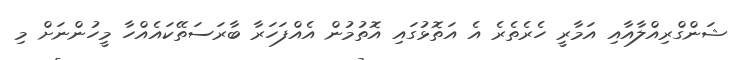
ޝަންގްރިއްލާއާއި އަމާރީ ހެރެތެރެ އެ އަތޮޅުގައި އޮތުމުން އެއްފަހަރާ ބާރަސަތޭކައެއްހާ މީހުންނަށް މި